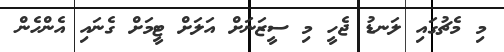
މި މެޗުގައި ލަނޑު ޖެހީ މި ސީޒަނަށް އަލަށް ޓީމަށް ގެނައި އެންހެން